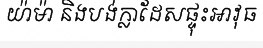
យ៉ាម៉ា និងបង់ក្លាដែសផ្ទុះអាវុធ